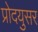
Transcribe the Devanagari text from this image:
प्रोदयुसर